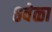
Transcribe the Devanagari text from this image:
८वेळा